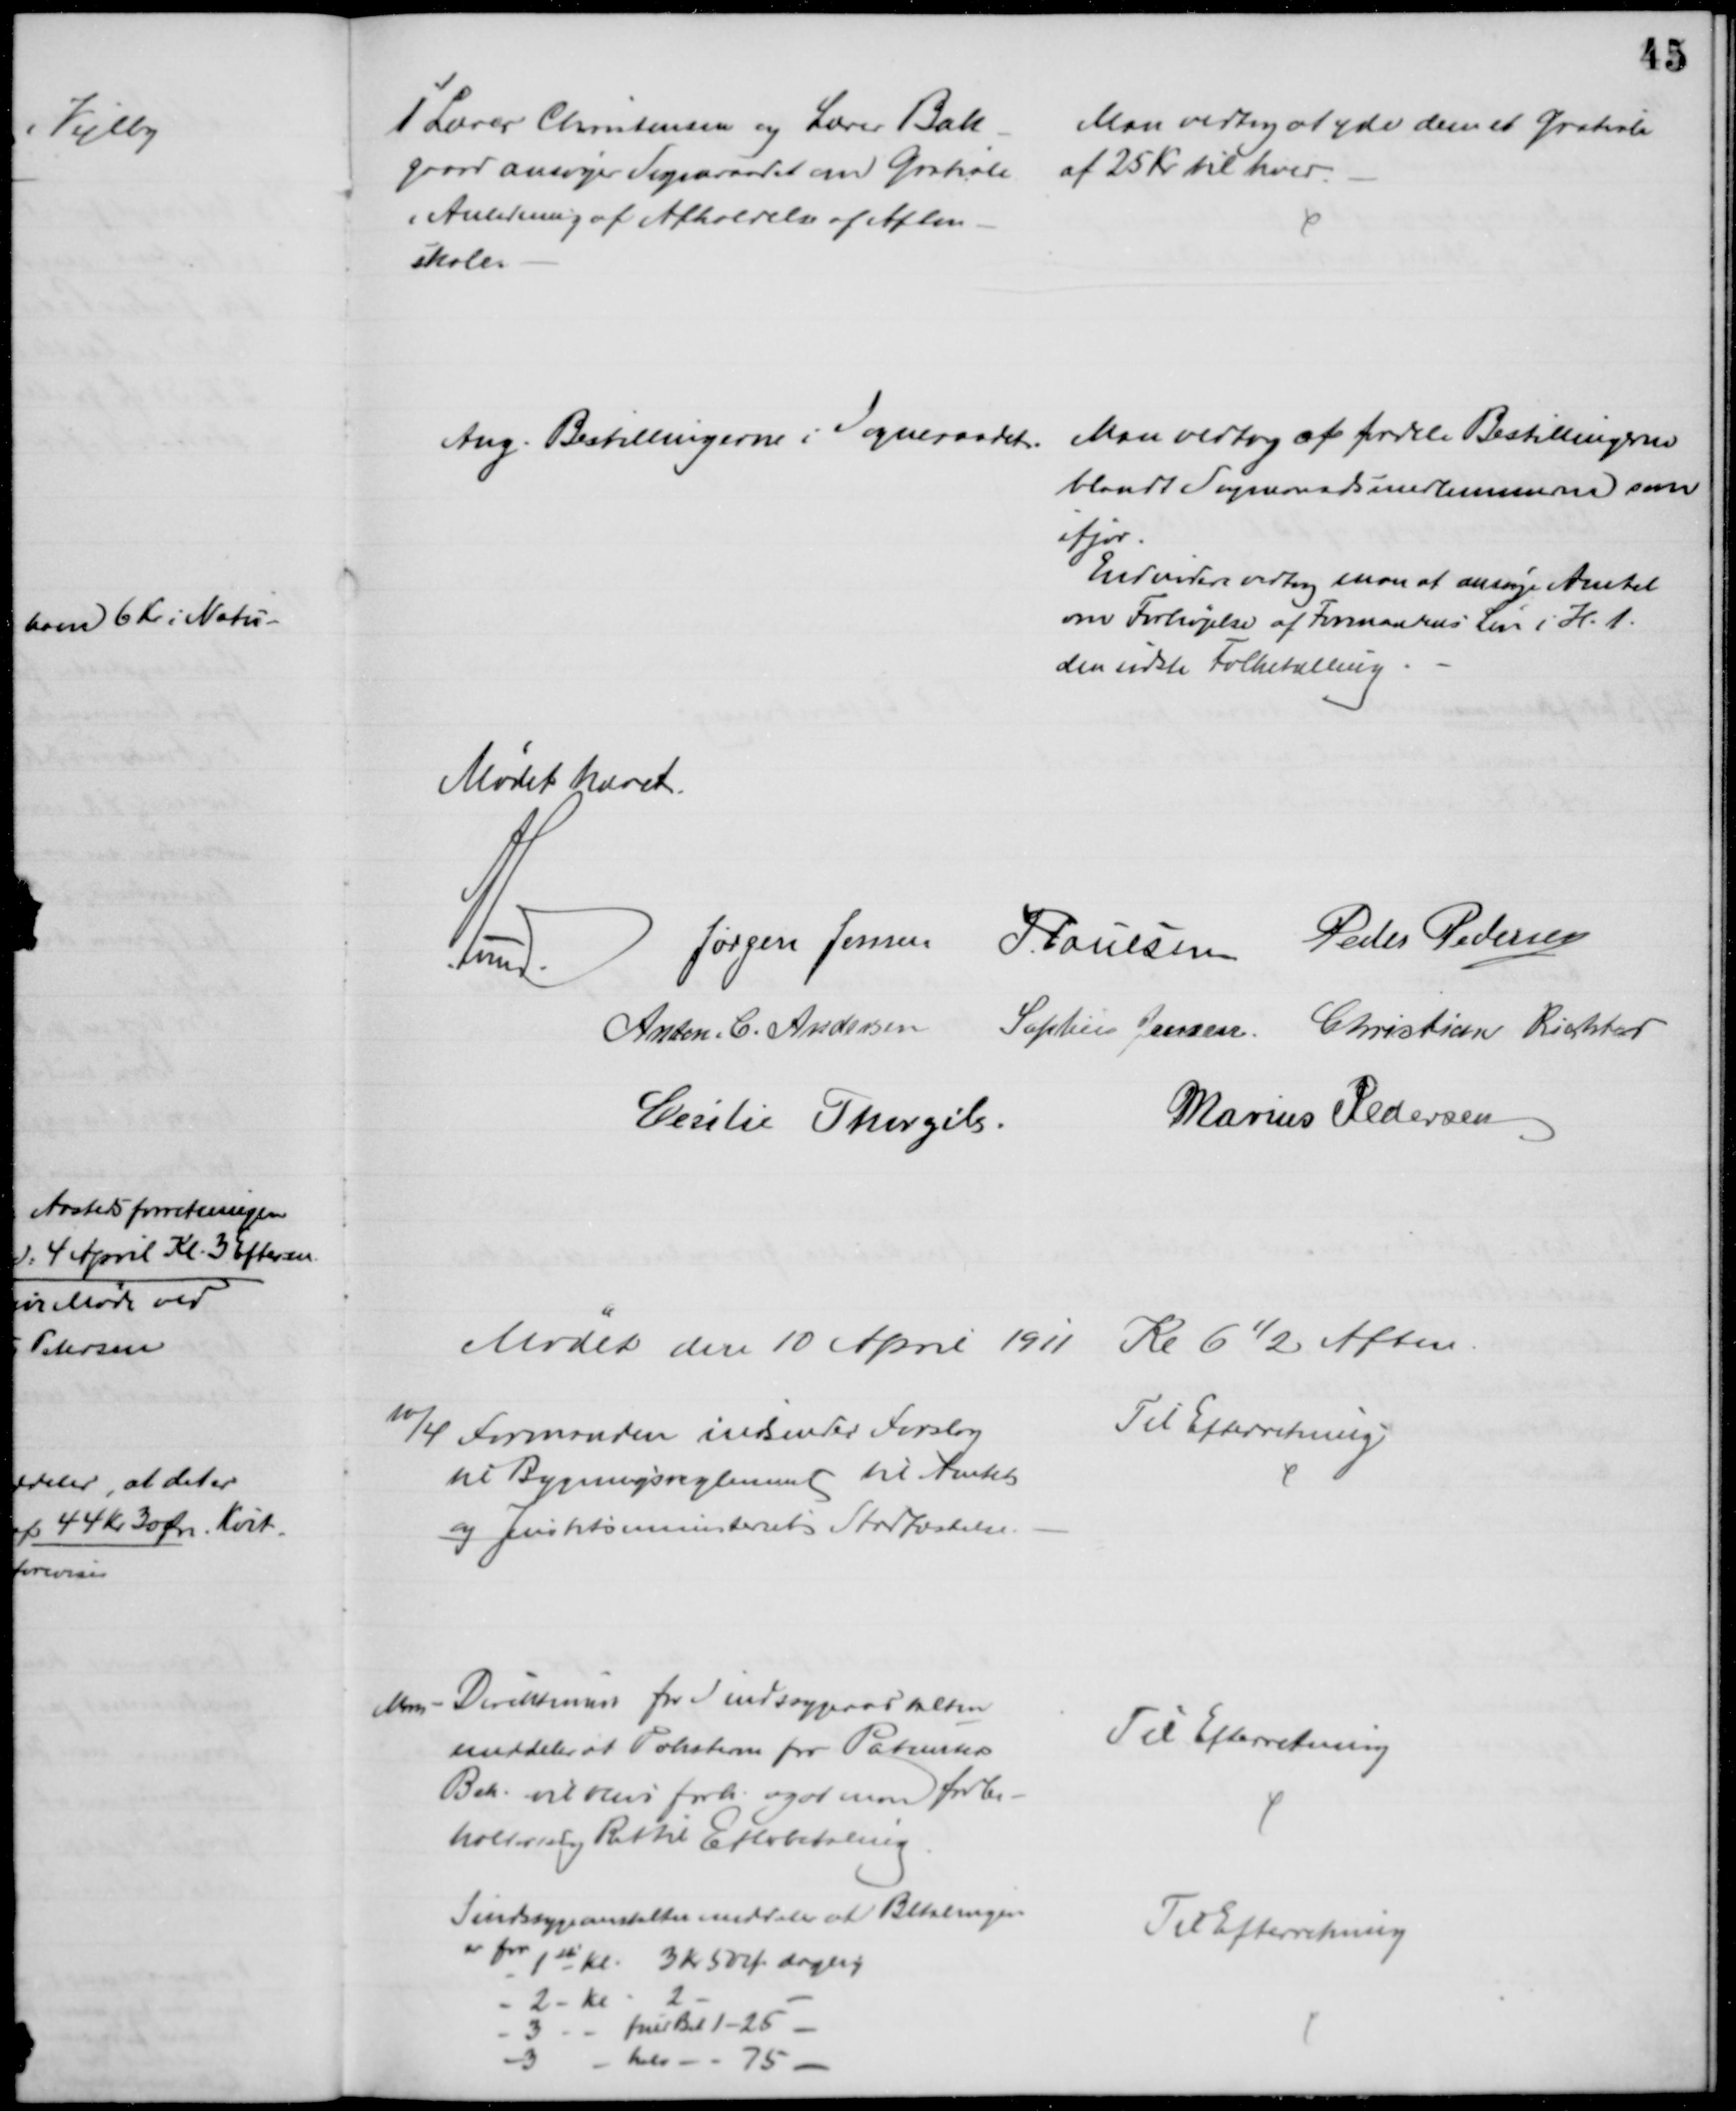
Transskription:
1 Lærer Christensen og Lærer Bæk
-
gaard ansøger Sogneraadet om Gratiale
i Anledning af Afholdelse af Aften-
skole.
Man vedtog at yde dem et Gratiale
af 25 Kr til hver.
Ang. Bestillingerne i Sogneraadet.
Man vedtog at fordele Bestillingerne
blandt Sogneraadsmedlemmerne som
ifjor.
Endvidere vedtog man at ansøge Amtet
om Forhøjelse af Formandens Løn i H. t.
den sidste Folketælling
Mødet hævet.
A. Lund.
Jørgen Jensen
J. Poulsen Peder Pedersen
Anton C. Andersen Sophus Jensen Christian Richter
Cecilie Thorgils
Marius Pedersen
Mødet den 10 April 1911 Kl 6½ Aften.
10/4 Formanden indsender Forslag
til Bygningsreglement til Amtets
og Justitsministeriets Stadfæstelse.
Til Efterretning
Adm-Direktionen for Sindssygeandstalten
meddeler at Taksterne for Patienters
Beh. vil blive forh. og at man forbe-
holder sig Ret til Efterbetaling.
Til Efterretning
Sindssygeanstalten meddeler at Betalingen
er for 
1ste Kl. 3 Kr 50 Ør daglig
2 - Kl 
2
3
fuld Bet. 1-25
3 
halv - 75.
Til Efterretning